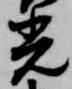
光